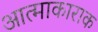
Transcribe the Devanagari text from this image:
आत्माकाराक